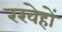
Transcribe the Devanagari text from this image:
रखेहों